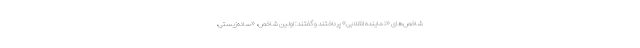
شاخص‌های «نماینده انقلابی» پرداختند و گفتند: اولین شاخص، «ساده‌زیستی،